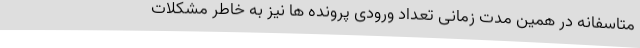
متاسفانه در همین مدت زمانی تعداد ورودی پرونده ها نیز به خاطر مشکلات